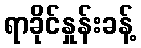
ရာခိုင်နှုန်းခန့်